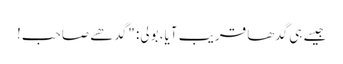
جیسے ہی گدھا قریب آیا، بولی: "گدھے صاحب!